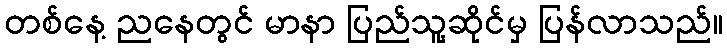
တစ်နေ့ ညနေတွင် မာနာ ပြည်သူ့ဆိုင်မှ ပြန်လာသည်။